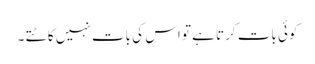
کوئی بات کرتا ہے تو اس کی بات نہیں کاٹتے ۔